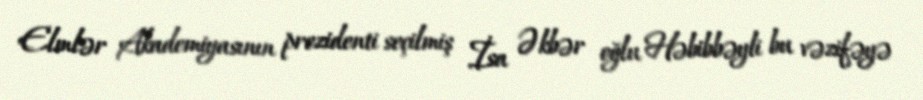
Elmlər Akademiyasının prezidenti seçilmiş İsa Əkbər oğlu Həbibbəyli bu vəzifəyə